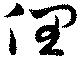
俚